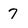
Character: 7